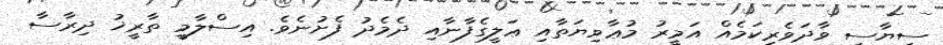
ސިޔާސީ ވާދަވެރިކަމެއް އަމީރު މުޢާވިޔަތާއި ޢަލީގެފާނާއި ދެމެދު ފެށުނެވެ. އިސްލާމީ ތާރީޚު ދިރާސާ